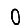
Digit: 0